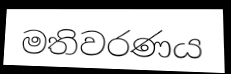
මතිවරණය